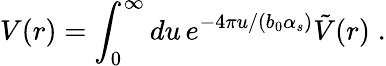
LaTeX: V(r)=\int_{0}^{\infty}du\, e^{-4\pi u/(b_{0}\alpha_{s})}\tilde{V}(r)\; .